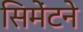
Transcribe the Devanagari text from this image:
सिमेंटने